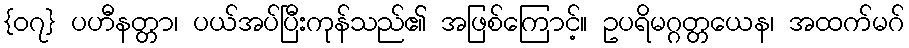
{၀၇} ပဟီနတ္တာ၊ ပယ်အပ်ပြီးကုန်သည်၏ အဖြစ်ကြောင့်။ ဥပရိမဂ္ဂတ္တယေန၊ အထက်မဂ်